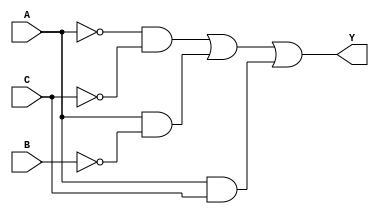
//Carlos Cuellar #19275 UVG
//Cdigo de la prctica 4 de lab Digital 1

module Ecuacion1_1(input wire A, B, C, output wire Y);

wire out0;
wire out1;
wire out2;
wire out3;
wire out4;
wire out5;


not (out0, A);
not (out1, B);
not (out2, C);
and (out3, out0, out2);
and (out4, A, out1);
and (out5, A, C);
or (Y, out3, out4, out5);
endmodule

module Ecuacion1_2(input wire B, output wire Y);

not (Y, B);

endmodule

module Ecuacion1_3(input wire A, B, C, D, output wire Y);
wire o0, o1, o2, o3, o4, o5, o6, o7, o8, o9, o10, o11;

not (o0, A);
not (o1, B);
not (o2, C);
not (o3, D);
and (o4, o0, o1, o2, o3);
and (o5, o0, o1, C, D);
and (o6, o0, B, o2, D);
and (o7, o0, B, C, o3);
and (o8, A, B, o2, o3);
and (o9, A, B, C, D);
and (o10, A, o1, o2, D);
and (o11, A, o1, C, o3);
or (Y, o4, o5, o6, o7, o8, o9, o10, o11);

endmodule


module Ecuacion1_4(input wire A, B, C, D, output wire Y);
wire out0, out1, out2, out3;

not (out0, D);
and (out1, A, out0);
and (out2, B, D);
and (out3, A, C);
or (Y, out1, out2, out3);

endmodule

module Ecuacion2_1(input wire A, B, C, D, output wire Y);

assign Y = (~B & ~C & ~D) | (A & (~B | ~C | ~D));

endmodule

module Ecuacion2_3(input wire A, B, C, D, output wire Y);

assign Y = (B | (D & (A | ~C)));

endmodule

module Ecuacion2_2(input wire A, B, C, output wire Y);

assign Y = (C | ~B);

endmodule


module Ecuacion2_4(input wire A, B, C, output wire Y);

assign Y = ((~A & ~C) | B);

endmodule

module Ecuacion5_SOP(input wire A, B, C, output wire Y);

assign Y = ((A & ~B & ~C) | (A & ~B & C) | (A & B & C));

endmodule

module Ecuacion5_POS(input wire A, B, C, output wire Y);

assign Y = ((A | B | C) & (A | B | ~C) & (A |~B | C) & (A | ~B | ~C) & (~A| ~B | C));

endmodule

module Ecuacion5_OG(input wire A, B, C, output wire Y);

wire out0;
wire out1;
wire out2; 
not (out0, B);
and (out1, out0, A);
and (out2, A, C);
or (Y, out1, out2);

endmodule